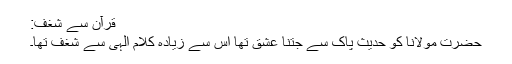
قرآن سے شغف:
حضرت مولانا کو حدیث پاک سے جتنا عشق تھا اس سے زیادہ کلامِ الٰہی سے شغف تھا۔